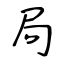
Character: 局